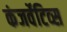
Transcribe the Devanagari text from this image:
कंजर्वेटिव्स